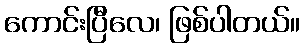
ကောင်းပြီလေ၊ ဖြစ်ပါတယ်။